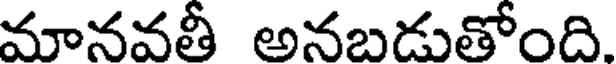
మానవతీ అనబడుతోంది